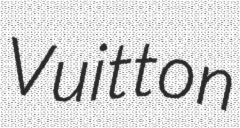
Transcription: Vuitton